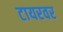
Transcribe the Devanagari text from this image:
टायरवर